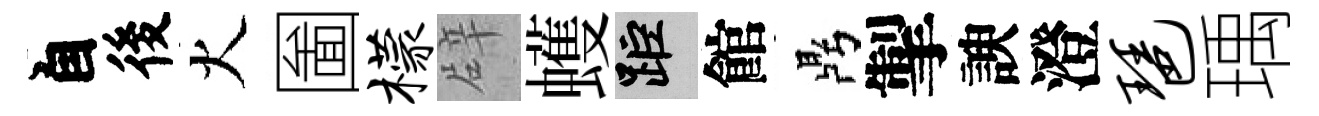
自後火圗檬辟蠖距館鼎掣諛澄琶瑀